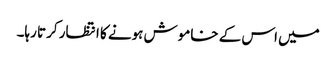
میں اس کے خاموش ہونے کا انتظار کرتا رہا۔